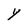
Character: Y